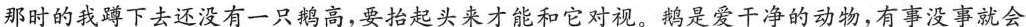
那时的我蹲下去还没有一只鹅高，要抬起头来才能和它对视。鹅是爱干净的动物，有事没事就会